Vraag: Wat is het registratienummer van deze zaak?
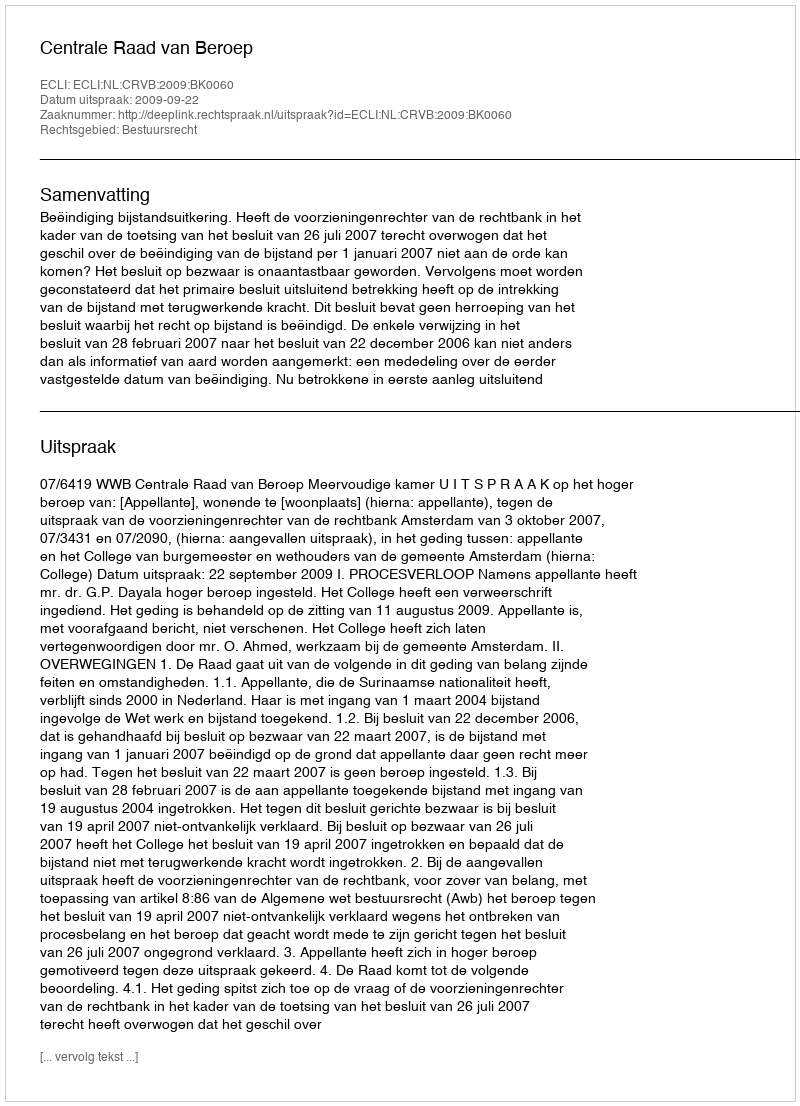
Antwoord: http://deeplink.rechtspraak.nl/uitspraak?id=ECLI:NL:CRVB:2009:BK0060